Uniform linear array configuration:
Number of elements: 4
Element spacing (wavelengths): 0.5
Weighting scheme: kaiser
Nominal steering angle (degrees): -30
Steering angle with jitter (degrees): -29.417
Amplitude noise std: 0.05
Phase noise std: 0.05

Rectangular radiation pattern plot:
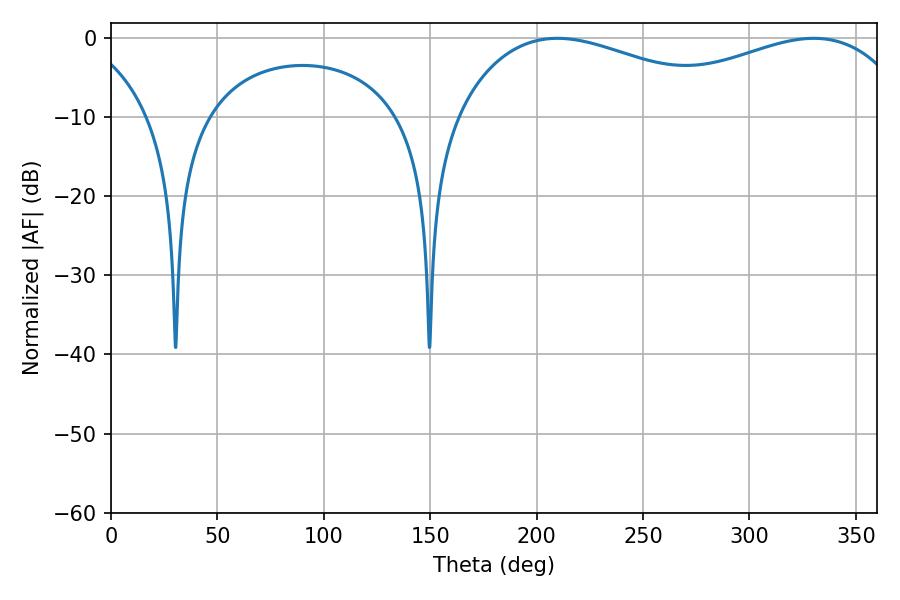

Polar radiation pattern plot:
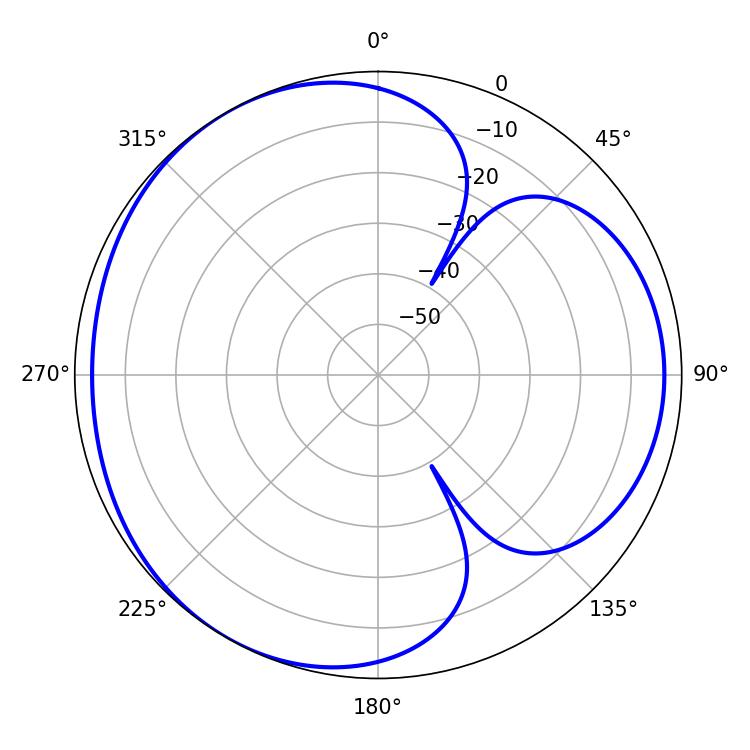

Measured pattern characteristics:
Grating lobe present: FALSE
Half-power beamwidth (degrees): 74.7
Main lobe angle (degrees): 209.7